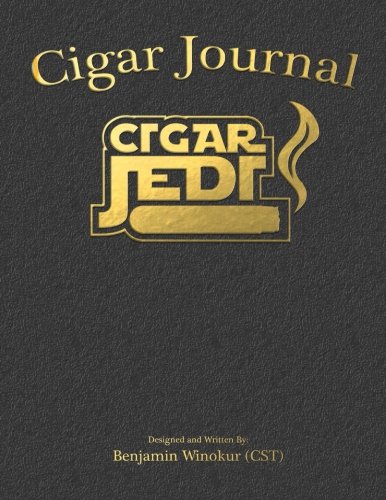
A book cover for Cigar Journal; Benjamin Winokur; Humor & Entertainment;